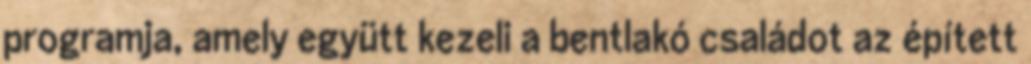
programja, amely együtt kezeli a bentlakó családot az épített